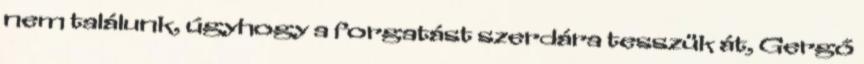
nem találunk, úgyhogy a forgatást szerdára tesszük át, Gergő